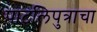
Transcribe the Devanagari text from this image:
पाटलिपुत्राचा